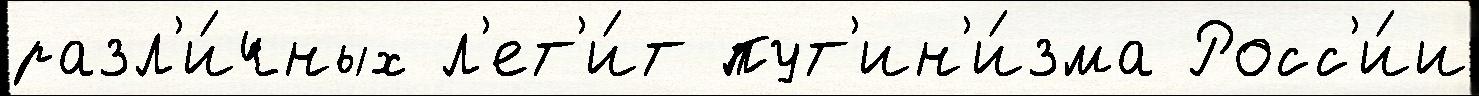
разл'и́чных л'ет'и́т пут'ин'и́зма Росс'и́и